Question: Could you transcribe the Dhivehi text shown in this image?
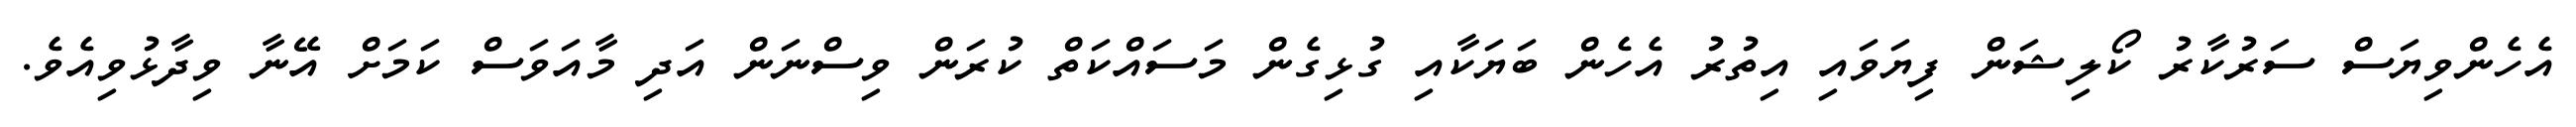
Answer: އެހެންވިޔަސް ސަރުކާރު ކޯލިޝަން ފިޔަވައި އިތުރު އެހެން ބަޔަކާއި ގުޅިގެން މަސައްކަތް ކުރަން ވިސްނަން އަދި މާއަވަސް ކަމަށް އޭނާ ވިދާޅުވިއެވެ.